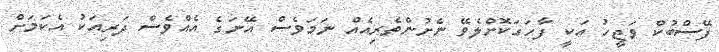
ފޭސްބުކް ވަޖީހު އަކީ ފާހަގަކޮށްލެވޭ ނެށުންތެރިއެއް ނަމަވެސް އޭނަގެ އެއްވެސް ދަރިއަކު އެކަމަށް